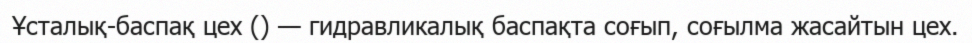
Ұсталық-баспақ цех () — гидравликалық баспақта соғып, соғылма жасайтын цех.